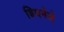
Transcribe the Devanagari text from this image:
डियर्नले